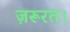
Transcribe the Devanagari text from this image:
ज़रूरत।